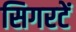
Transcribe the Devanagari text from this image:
सिगरटें